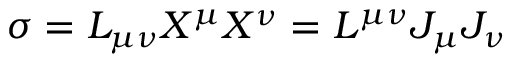
\sigma = L _ { \mu \nu } X ^ { \mu } X ^ { \nu } = L ^ { \mu \nu } J _ { \mu } J _ { \nu }